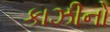
કાઝીનો